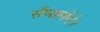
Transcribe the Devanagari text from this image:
सँभालेंगे।